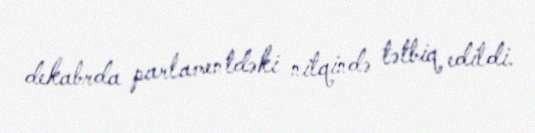
dekabrda parlamentdəki nitqində tətbiq edildi.